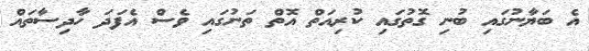
އެ ބަޔާނުގައި ބުނި ގޮތުގައި ކުރިއަތް އޮތް ތަނުގައި ވެސް އެފަދަ ހާދިސާތައް